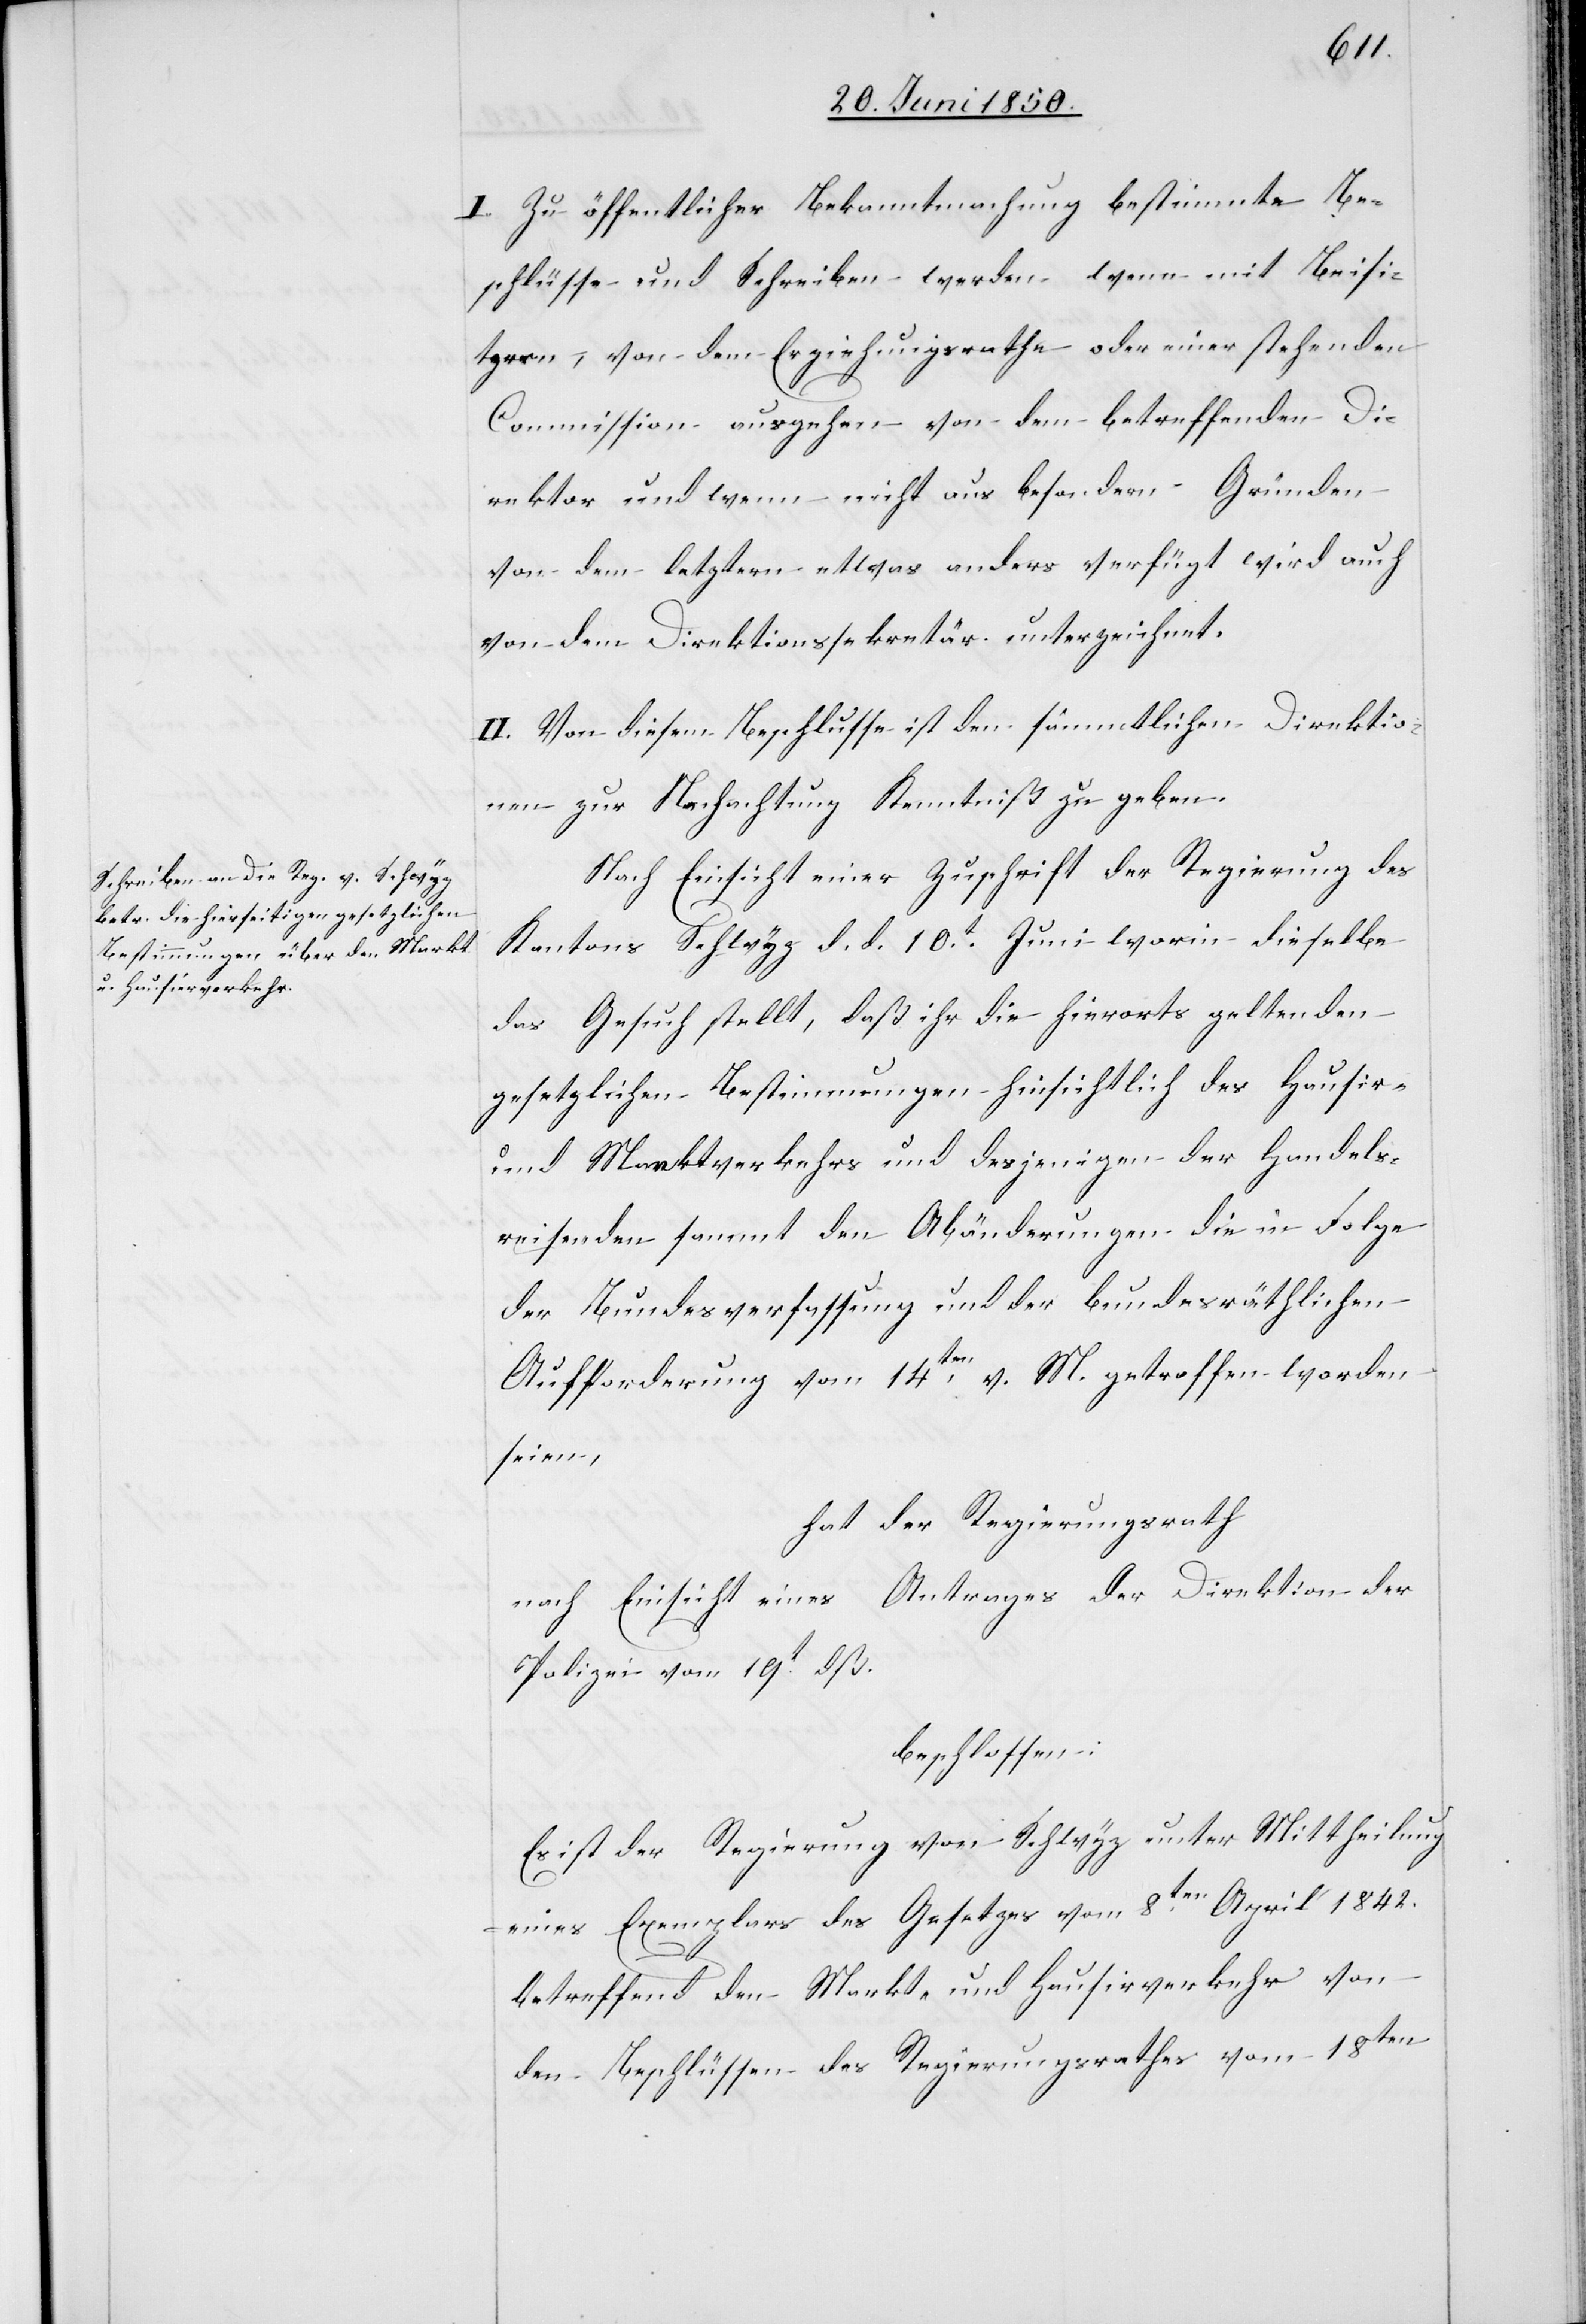
I. Zu öffentlicher Bekanntmachung bestimmte Be¬
schlüsse und Schreiben werden wenn mit Beisi¬
tzern, von dem Erziehungsrathe oder einer stehenden
Commission ausgehen von dem betreffenden Di¬
rektor und wenn nicht aus besondern Gründen
von dem letztern etwas anders verfügt wird auch
von dem Direktionssekretär unterzeichnet.
II. Von diesem Beschlusse ist den sämmtlichen Direktio¬
nen zur Nachachtung Kenntniß zu geben.
Nach Einsicht einer Zuschrift der Regierung des
Kantons Schwyz d. d. 10t Juni worin dieselbe
das Gesuch stellt, daß ihr die hierorts geltenden
gesetzlichen Bestimmungen hinsichtlich des Hausir-
und Marktverkehrs und desjenigen der Handels¬
reisenden sammt den Abänderungen die in Folge
der Bundesverfassung und der bundesräthlichen
Aufforderung vom 14ten v. M. getroffen worden
seien,
hat der Regierungsrath
nach Einsicht eines Antrages der Direktion der
Polizei vom 19t dß.
beschlossen:
Es ist der Regierung von Schwyz unter Mittheilung
eines Exemplars des Gesetzes vom 8ten April 1842.
betreffend den Markt- und Hausirverkehr von
den Beschlüssen des Regierungsrathes vom 18ten